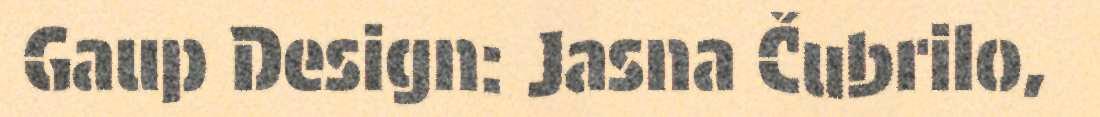
Gaup Design: Jasna Čubrilo,